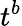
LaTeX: t^{b}